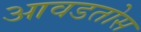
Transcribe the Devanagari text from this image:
आवडतोस